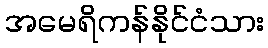
အမေရိကန်နိုင်ငံသား